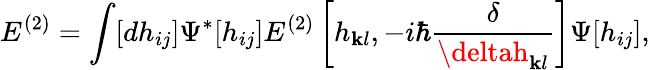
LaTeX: E^{(2)}=\int[dh_{ij}]\Psi^{*}[h_{ij}]E^{(2)}\left[h_{\mathbf{k}l},-i\hbar{\frac{{\delta}}{{\deltah_{\mathbf{k}l}}}}\right]\Psi[h_{ij}],